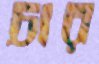
চার